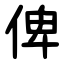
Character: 俾